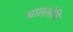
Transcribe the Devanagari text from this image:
चालतोचि